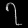
Digit: ၇